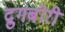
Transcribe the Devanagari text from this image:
द्रुगबोरी